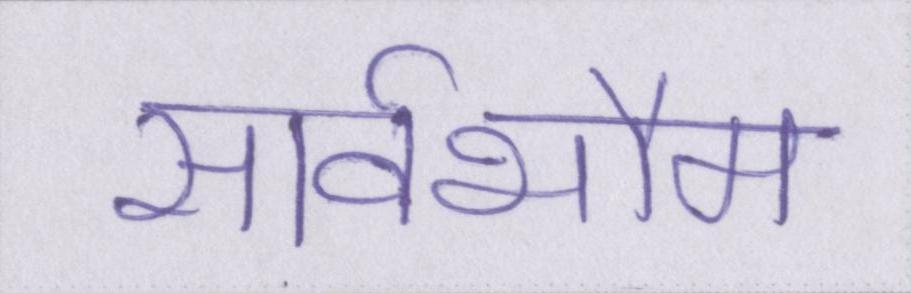
सार्वभौम